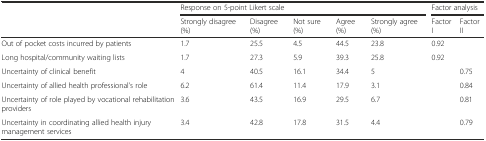
<table><thead><tr><td></td><td colspan="5"><b>Response on 5-point Likert scale</b></td><td colspan="2"><b>Factor analysis</b></td></tr><tr><td></td><td><b>Strongly disagree (%)</b></td><td><b>Disagree (%)</b></td><td><b>Not sure (%)</b></td><td><b>Agree (%)</b></td><td><b>Strongly agree (%)</b></td><td><b>Factor I</b></td><td><b>Factor II</b></td></tr></thead><tbody><tr><td>Out of pocket costs incurred by patients</td><td>1.7</td><td>25.5</td><td>4.5</td><td>44.5</td><td>23.8</td><td>0.92</td><td></td></tr><tr><td>Long hospital/community waiting lists</td><td>1.7</td><td>27.3</td><td>5.9</td><td>39.3</td><td>25.8</td><td>0.92</td><td></td></tr><tr><td>Uncertainty of clinical benefit</td><td>4</td><td>40.5</td><td>16.1</td><td>34.4</td><td>5</td><td></td><td>0.75</td></tr><tr><td>Uncertainty of allied health professional’s role</td><td>6.2</td><td>61.4</td><td>11.4</td><td>17.9</td><td>3.1</td><td></td><td>0.84</td></tr><tr><td>Uncertainty of role played by vocational rehabilitation providers</td><td>3.6</td><td>43.5</td><td>16.9</td><td>29.5</td><td>6.7</td><td></td><td>0.81</td></tr><tr><td>Uncertainty in coordinating allied health injury management services</td><td>3.4</td><td>42.8</td><td>17.8</td><td>31.5</td><td>4.4</td><td></td><td>0.79</td></tr></tbody></table>